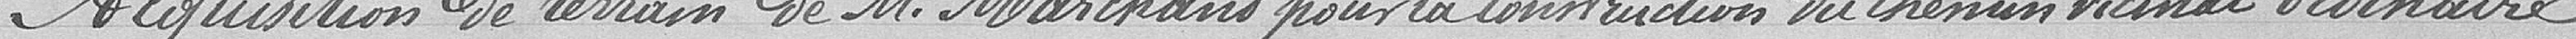
Acquisition de terrain de M. MARCHAND pour la construction du chemin vicinal ordinaire.